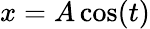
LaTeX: x=A\cos(t)